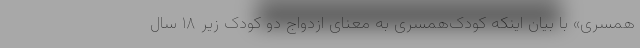
همسری» با بیان اینکه کودک‌همسری به معنای ازدواج دو کودک زیر ۱۸ سال